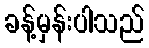
ခန့်မှန်းပါသည်